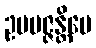
ဥပပဇ္ဇန္တိပေ